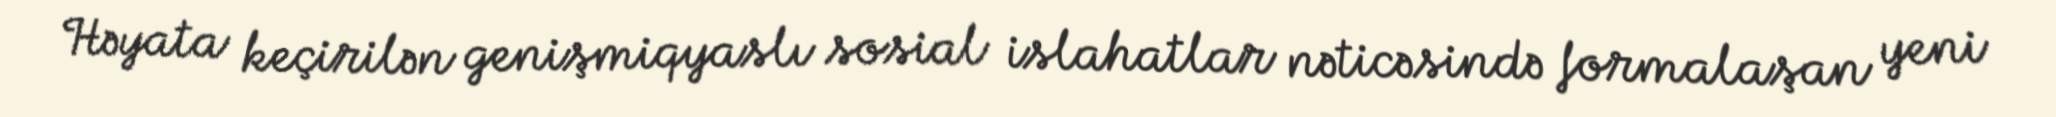
Həyata keçirilən genişmiqyaslı sosial islahatlar nəticəsində formalaşan yeni